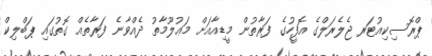
ޕްރޮސިކިއުޓަރ ޖެލެރަލްގެ އޮފީހުގެ ފަރާތުން މީޑިއާއަށް މަޢުލޫމާތު ދެއްވާނެ ފަރާތެއް ގޮތުގައި ޕަބްލިކް